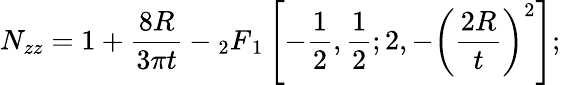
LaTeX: N_{zz}=1+\frac{8R}{3\pi t}-{}_{2}F{_{1}}\left[-\frac{1}{2},\frac{1}{2};2,-\left(\frac{2R}{t}\right)^{2}\right];